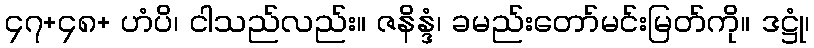
၄၇+၄၈+ ဟံပိ၊ ငါသည်လည်း။ ဇနိန္ဒံ၊ ခမည်းတော်မင်းမြတ်ကို။ ဒဋ္ဌုံ၊